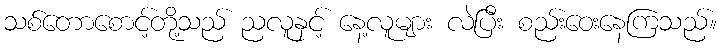
သစ်တောစောင့်တို့သည် ညလူနှင့် နေ့လူများ လဲပြီး စည်းဝေးနေကြသည်။